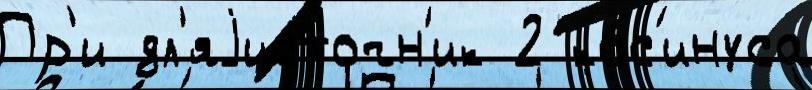
Пр'и дл'яjисточн'ик 2 ко́с'инуса